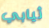
ثيابي